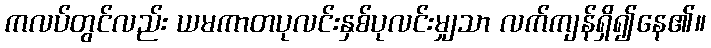
ကလပ်တွင်လည်း ယမကာတပုလင်းနှစ်ပုလင်းမျှသာ လက်ကျန်ရှိ၍နေ၏။